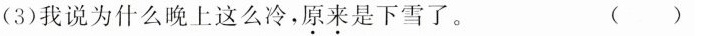
(3)我说为什么晚上这么冷，原来是下雪了。 ( )